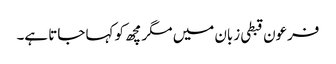
فرعون قبطی زبان میں مگرمچھ کو کہا جاتا ہے۔